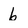
Character: b